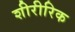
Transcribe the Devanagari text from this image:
शीरीरिक